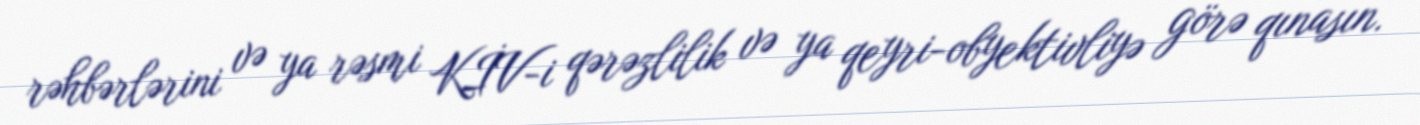
rəhbərlərini və ya rəsmi KİV-i qərəzlilik və ya qeyri-obyektivliyə görə qınasın.